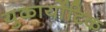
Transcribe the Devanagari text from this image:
युकार्योटिक